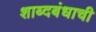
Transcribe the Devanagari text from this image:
शाब्दबंधाची